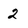
Character: 2